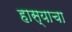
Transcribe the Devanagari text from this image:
हास्याचा